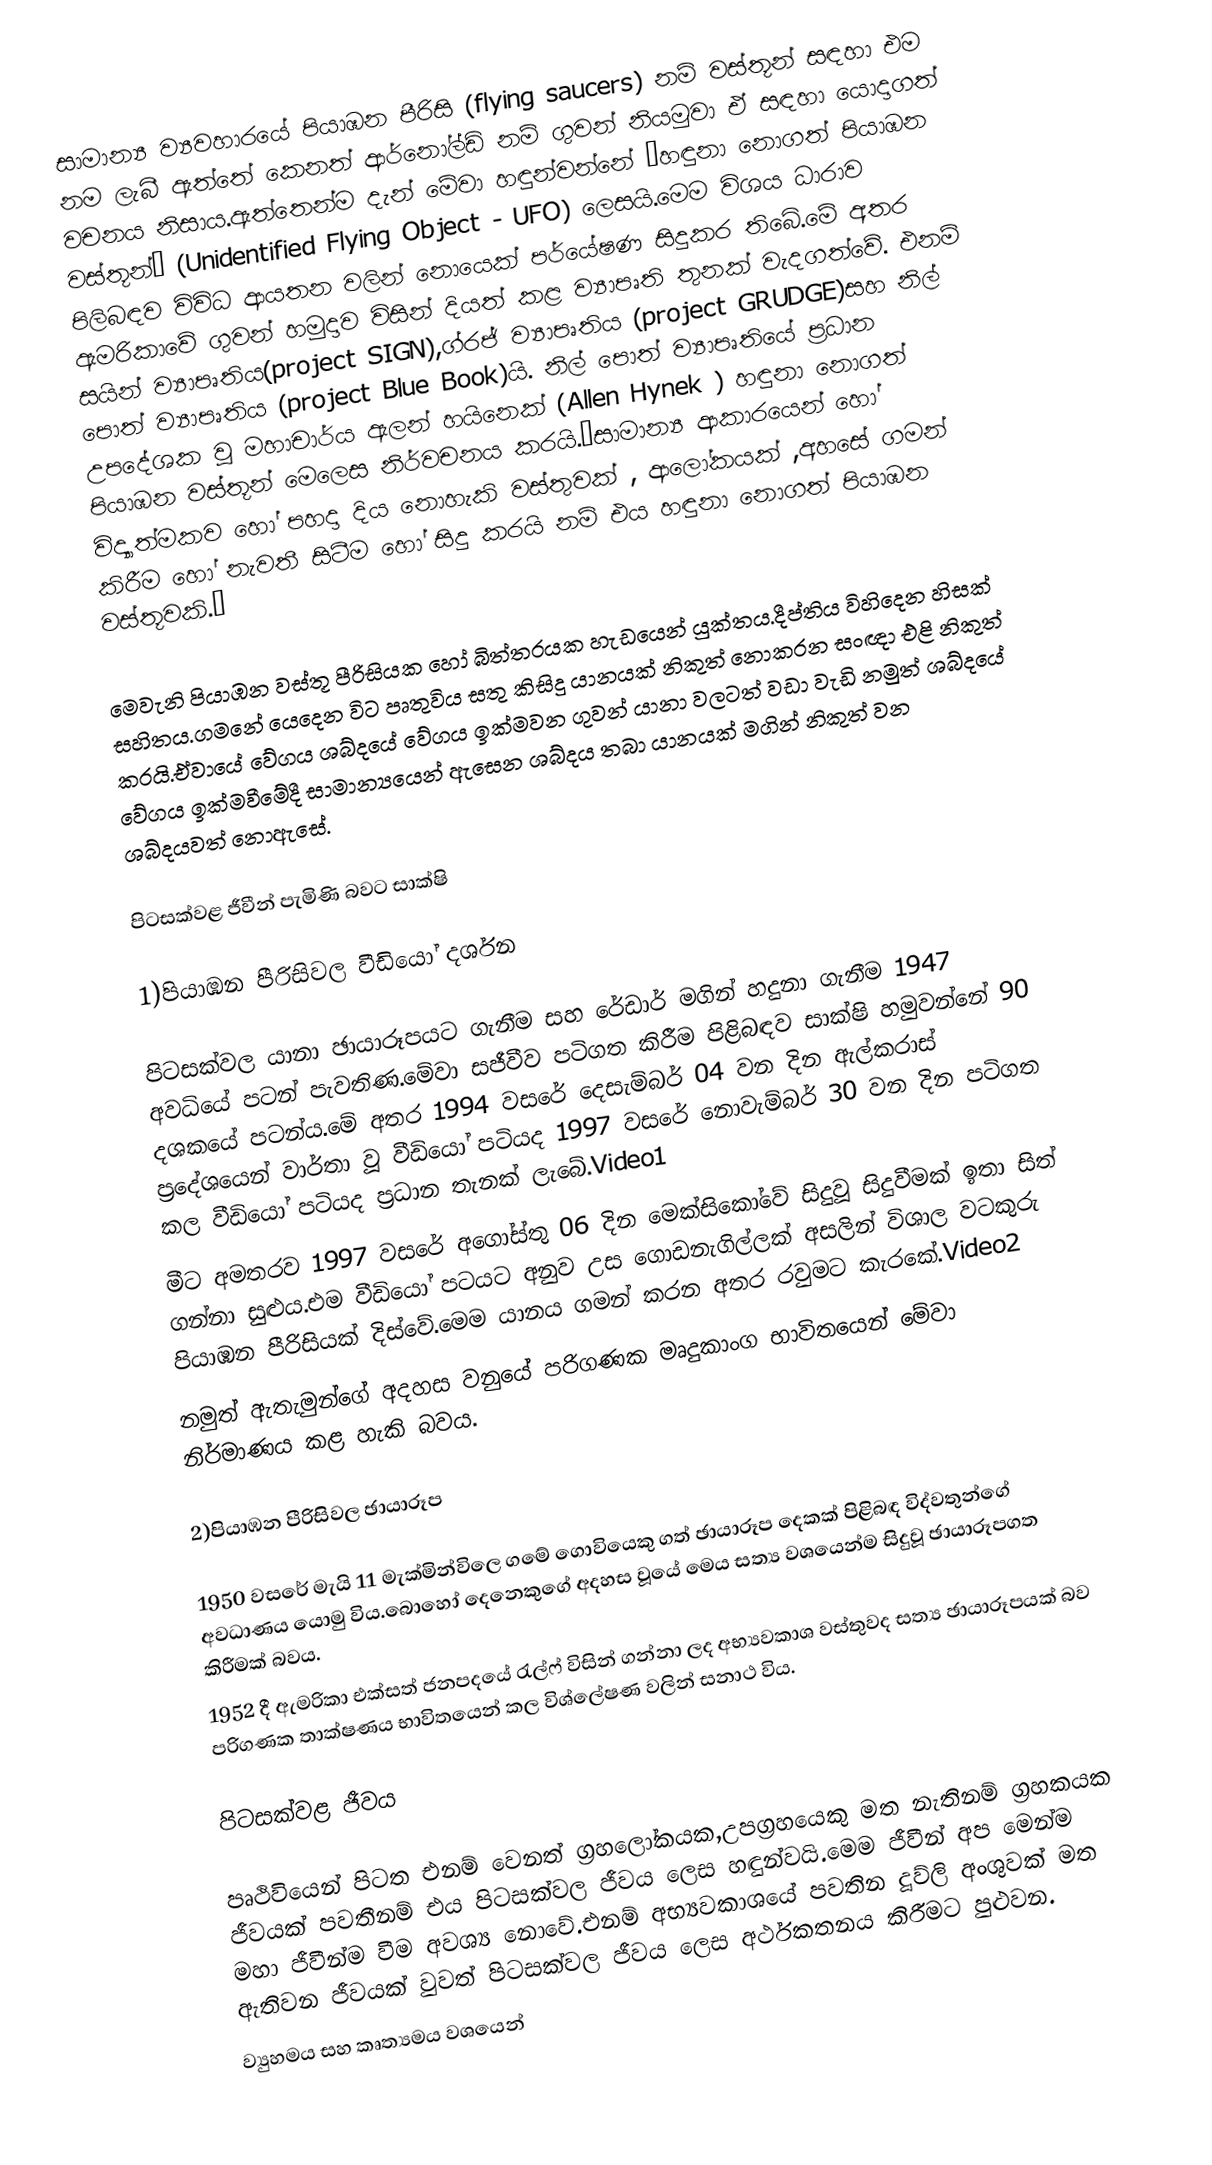
සාමාන්‍ය ව්‍යවහාරයේ පියාඹන පීරිසි (flying saucers) නම් වස්තූන් සඳහා එම නම ලැබී ඇත්තේ කෙනත් ආර්නෝල්ඩ් නම් ගුවන් නියමුවා ඒ සඳහා යොදාගත් වචනය නිසාය.ඇත්තෙන්ම දැන් මේවා හඳුන්වන්නේ “හඳුනා නොගත් පියාඹන වස්තූන්” (Unidentified Flying Object - UFO) ලෙසයි.මෙම විශය ධාරාව පිලිබඳව විවිධ ආයතන වලින් නොයෙක් පර්යේෂණ සිදුකර තිබේ.මේ අතර ඇමරිකාවේ ගුවන් හමුදාව විසින් දියත් කළ ව්‍යාපෘති තුනක් වැදගත්වේ. එනම් සයින් ව්‍යාපෘතිය(project SIGN),ග්රජ් ව්‍යාපෘතිය (project GRUDGE)සහ නිල් පොත් ව්‍යාපෘතිය (project Blue Book)යි. නිල් පොත් ව්‍යාපෘතියේ ප්‍රධාන උපදේශක වූ මහාචාර්ය ඇලන් හයිනෙක් (Allen Hynek ) හඳුනා නොගත් පියාඹන වස්තූන් මෙලෙස නිර්වචනය කරයි.”සාමාන්‍ය ආකාරයෙන් හෝ විද්‍යාත්මකව හෝ පහදා දිය නොහැකි වස්තුවක් , ආලෝකයක් ,අහසේ ගමන් කිරීම හෝ නැවතී සිටීම හෝ සිදු කරයි නම් එය හඳුනා නොගත් පියාඹන වස්තූවකි.”

මෙවැනි පියාඹන වස්තූ පීරිසියක හෝ බිත්තරයක හැඩයෙන් යුක්තය.දීප්තිය විහිදෙන හිසක් සහිතය.ගමනේ යෙදෙන විට පෘතුවිය සතු කිසිදු යානයක් නිකුත් නොකරන සංඥා එළි නිකුත් කරයි.ඒවායේ වේගය ශබ්දයේ වේගය ඉක්මවන ගුවන් යානා වලටත් වඩා වැඩි නමුත් ශබ්දයේ වේගය ඉක්මවීමේදී සාමාන්‍යයෙන් ඇසෙන ශබ්දය තබා යානයක් මගින් නිකුත් වන ශබ්දයවත් නොඇසේ.

පිටසක්වළ ජීවීන් පැමිණි බවට සාක්ෂි

1)පියාඹන පීරිසිවල වීඩියෝ දර්ශන

පිටසක්වල යානා ඡායාරූපයට ගැනීම සහ රේඩාර් මගින් හදුනා ගැනීම 1947 අවධියේ පටන් පැවතිණ.මේවා සජීවීව පටිගත කිරීම පිළිබඳව සාක්ෂි හමුවන්නේ 90 දශකයේ පටන්ය.මේ අතර 1994 වසරේ දෙසැම්බර් 04 වන දින ඇල්කරාස් ප්‍රදේශයෙන් වාර්තා වූ වීඩියෝ පටියද 1997 වසරේ නොවැම්බර් 30 වන දින පටිගත කල වීඩියෝ පටියද ප්‍රධාන තැනක් ලැබේ.Video1
මීට අමතරව 1997 වසරේ අගෝස්තු 06 දින මෙක්සිකෝවේ සිදුවූ සිදුවීමක් ඉතා සිත් ගන්නා සුළුය.එම වීඩියෝ පටයට අනුව උස ගොඩනැගිල්ලක් අසලින් විශාල වටකුරු පියාඹන පීරිසියක් දිස්වේ.මෙම යානය ගමන් කරන අතර රවුමට කැරකේ.Video2
නමුත් ඇතැමුන්ගේ අදහස වනුයේ පරිගණක මෘදුකාංග භාවිතයෙන් මේවා නිර්මාණය කළ හැකි බවය.

2)පියාඹන පීරිසිවල ඡායාරූප

1950 වසරේ මැයි 11 මැක්මින්විලෙ ගමේ ගොවියෙකු ගත් ඡායාරූප දෙකක් පිළිබඳ විද්වතුන්ගේ අවධාණය යොමු විය.බොහෝ දෙනෙකුගේ අදහස වූයේ මෙය සත්‍ය වශයෙන්ම සිදුවූ ඡායාරූපගත කිරීමක් බවය.
1952 දී ඇමරිකා එක්සත් ජනපදයේ රැල්ෆ් විසින් ගන්නා ලද අභ්‍යවකාශ වස්තුවද සත්‍ය ඡායාරූපයක් බව පරිගණක තාක්ෂණය භාවිතයෙන් කල විශ්ලේෂණ වලින් සනාථ විය.

පිටසක්වළ ජීවය

පෘථිවියෙන් පිටත එනම් වෙනත් ග්‍රහලෝකයක,උපග්‍රහයෙකු මත නැතිනම්  ග්‍රහකයක ජීවයක් පවතීනම් එය පිටසක්වල ජීවය ලෙස හඳුන්වයි.මෙ‍ම ජීවීන් අප මෙන්ම මහා ජීවීන්ම වීම අවශ්‍ය නොවේ.එනම් අභ්‍යවකාශයේ පවතින දූව්ලි අංශුවක් මත ඇතිවන  ජීවයක් වුවත් පිටසක්වල ජීවය ලෙස අර්ථකතනය කිරීමට පුළුවන.
ව්‍යුහමය සහ කෘත්‍යමය වශයෙන්